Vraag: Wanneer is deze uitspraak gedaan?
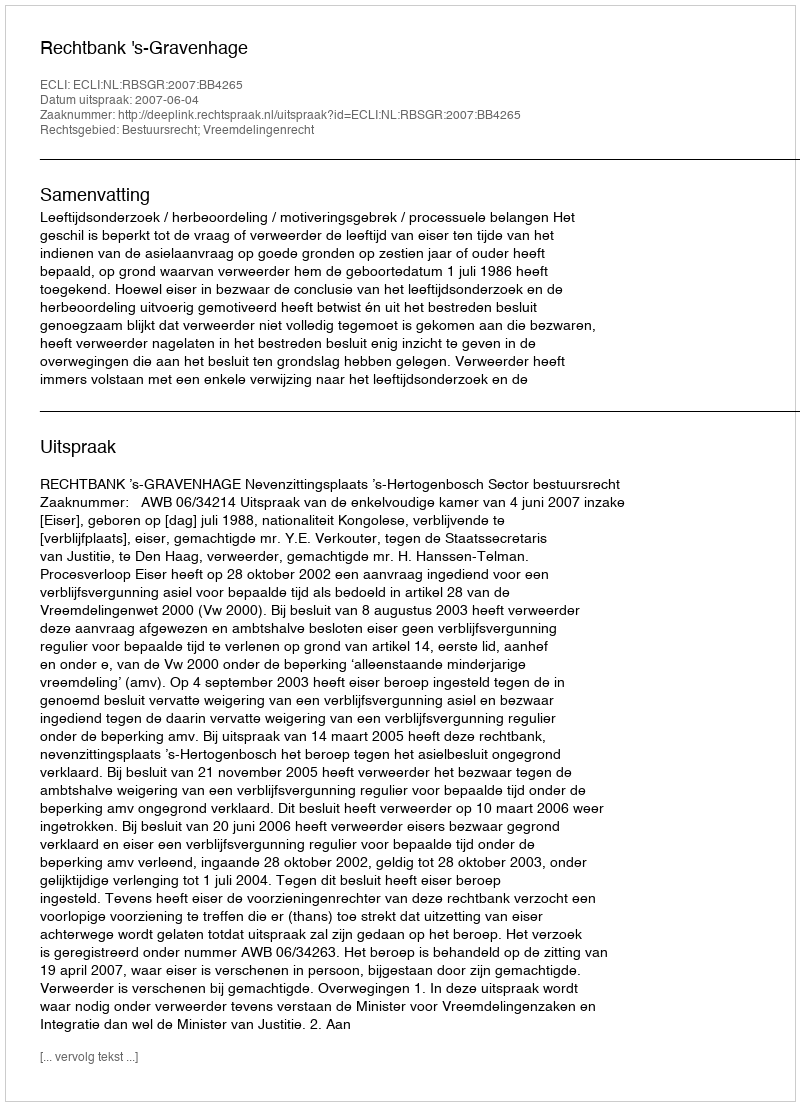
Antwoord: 2007-06-04